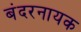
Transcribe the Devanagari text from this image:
बंदरनायक